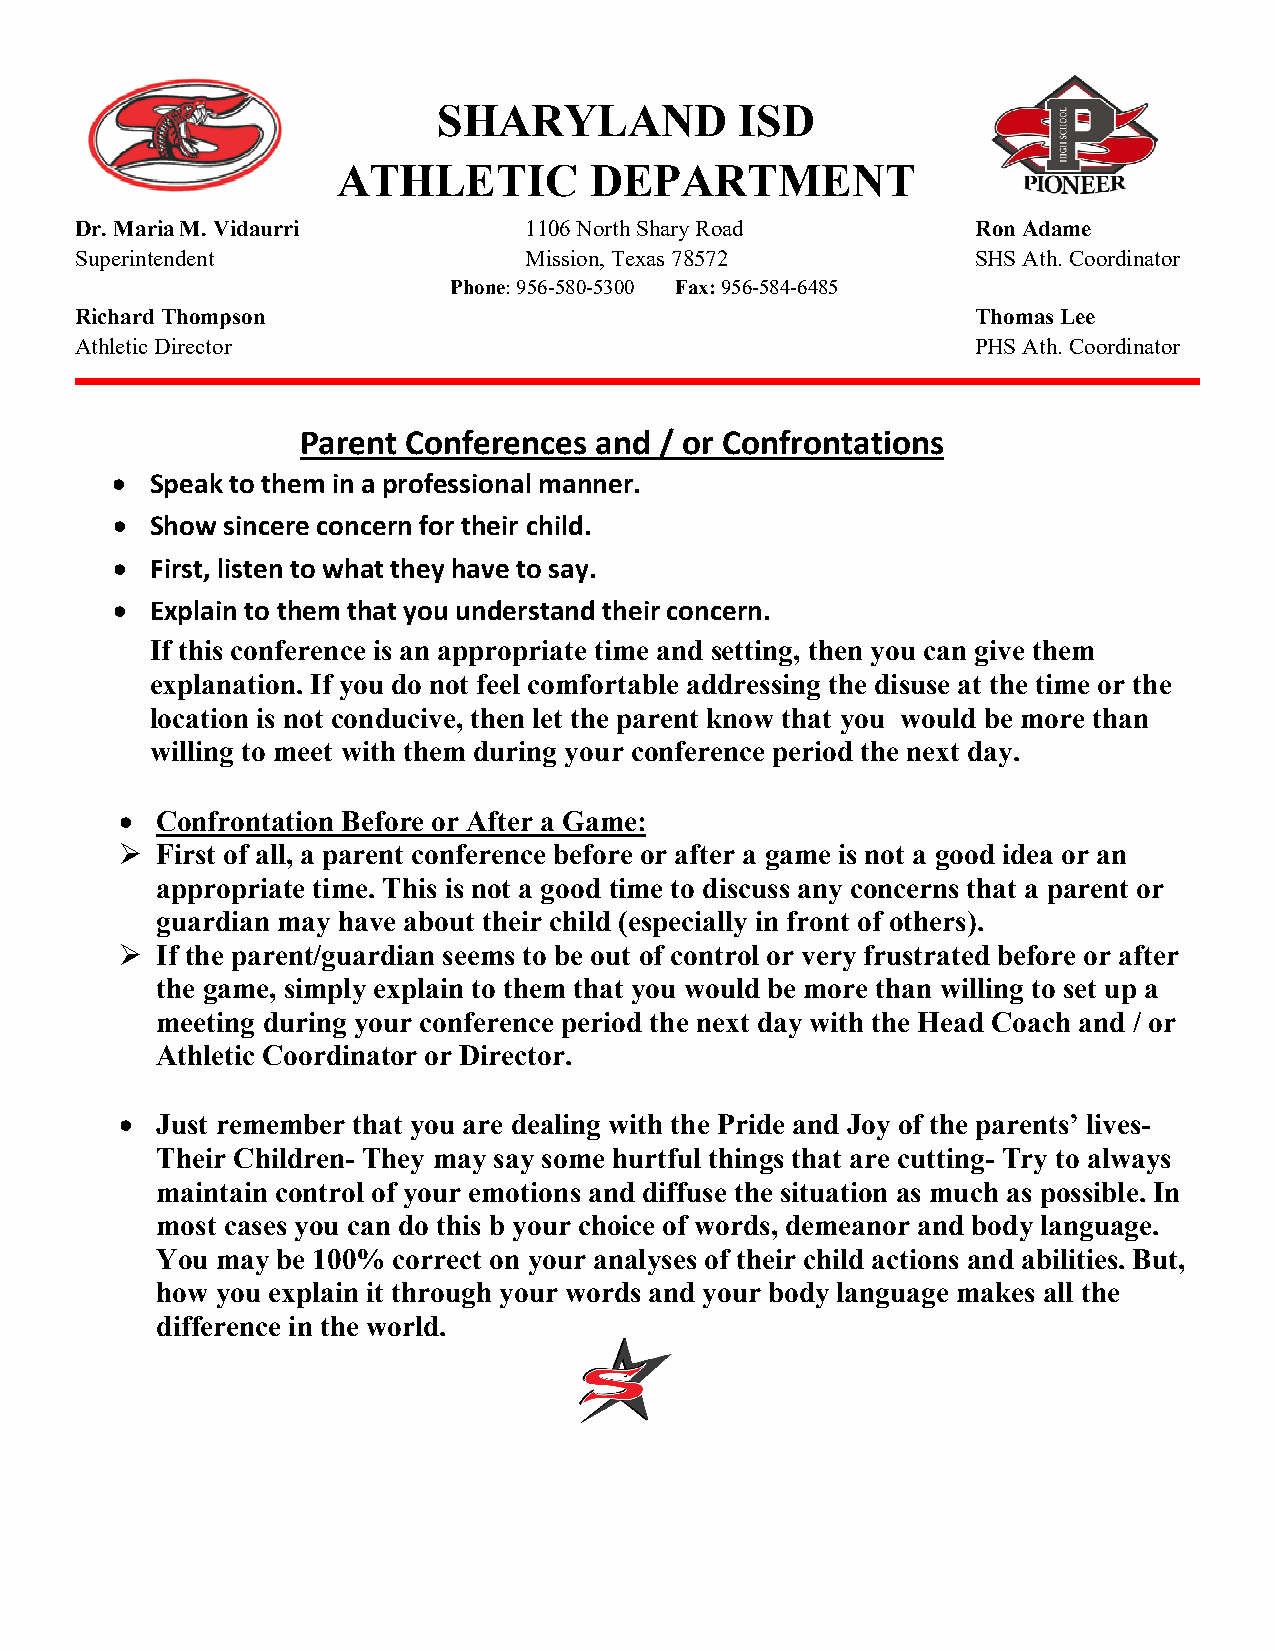
SHARYLAND           ISD
 ATHLETIC         DEPARTMENT
 Dr. Maria M. Vidaurri         1106 North Shary Road         Ron Adame
 Superintendent                Mission, Texas 78572          SHS Ath. Coordinator
 Phone: 956-580-5300 Fax: 956-584-6485
 Richard Thompson                                            Thomas Lee
 Athletic Director                                           PHS Ath. Coordinator
 Parent Conferences and  / or Confrontations
 •  Speak to them in a professional manner.
 •  Show sincere concern for their child.
 •  First, listen to what they have to say.
 •  Explain to them that you understand their concern.
 If this conference is an appropriate time and setting, then you can give them
 explanation. If you do not feel comfortable addressing the disuse at the time or the
 location is not conducive, then let the parent know that you would be more than
 willing to meet with them during your conference period the next day.
 • Confrontation Before or After a Game:
  First of all, a parent conference before or after a game is not a good idea or an
 appropriate time. This is not a good time to discuss any concerns that a parent or
 guardian may have about their child (especially in front of others).
  If the parent/guardian seems to be out of control or very frustrated before or after
 the game, simply explain to them that you would be more than willing to set up a
 meeting during your conference period the next day with the Head Coach and / or
 Athletic Coordinator or Director.
 • Just remember that you are dealing with the Pride and Joy of the parents’ lives-
 Their Children- They may say some hurtful things that are cutting- Try to always
 maintain control of your emotions and diffuse the situation as much as possible. In
 most cases you can do this b your choice of words, demeanor and body language.
 You may be 100% correct on your analyses of their child actions and abilities. But,
 how you explain it through your words and your body language makes all the
 difference in the world.